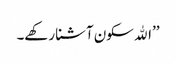
’’اﷲ سکون آشنا رکھے۔